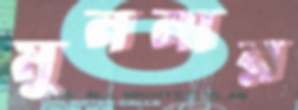
মুননার